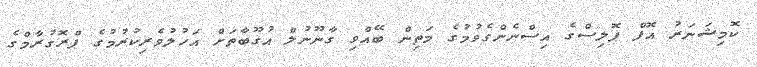
ކޮމިޝަނަރު އޮފް ޕޮލިސްގެ އިސްނެންގެވުމުގެ މަތިން ބޭއްވި ގާނޫނުލް އުގޫބާތަށް އަހުލުވެރިކުރުމުގެ ޕްރޮގުރާމްގެ